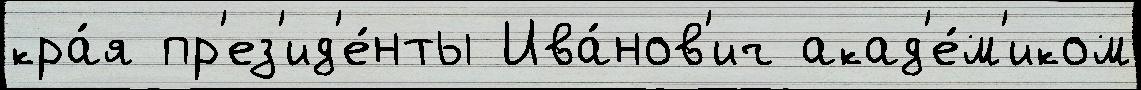
кра́я пр'ез'ид'е́нты Ива́нов'ич акад'е́м'иком